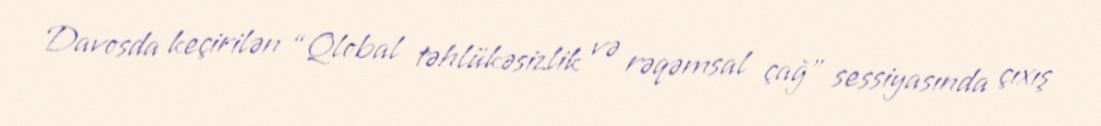
Davosda keçirilən “Qlobal təhlükəsizlik və rəqəmsal çağ” sessiyasında çıxış